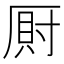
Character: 𭆎